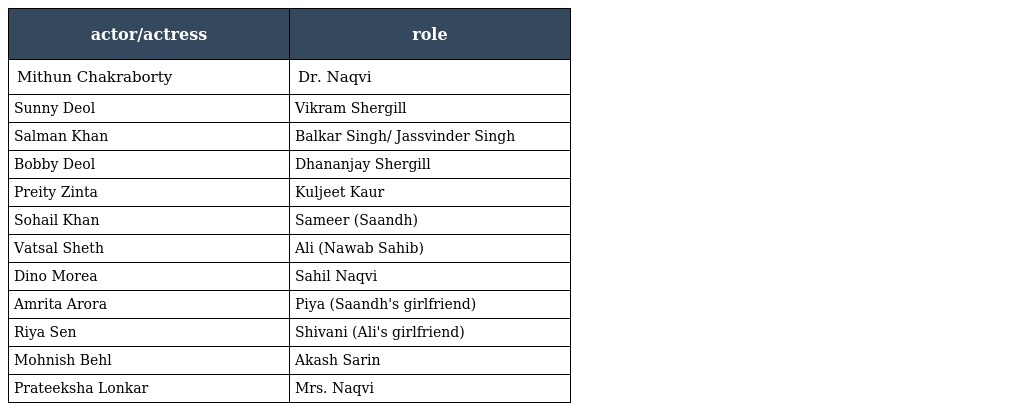
| actor/actress | role |
 | --- | --- |
 | Mithun Chakraborty | Dr. Naqvi |
 | Sunny Deol | Vikram Shergill |
 | Salman Khan | Balkar Singh/ Jassvinder Singh |
 | Bobby Deol | Dhananjay Shergill |
 | Preity Zinta | Kuljeet Kaur |
 | Sohail Khan | Sameer (Saandh) |
 | Vatsal Sheth | Ali (Nawab Sahib) |
 | Dino Morea | Sahil Naqvi |
 | Amrita Arora | Piya (Saandh's girlfriend) |
 | Riya Sen | Shivani (Ali's girlfriend) |
 | Mohnish Behl | Akash Sarin |
 | Prateeksha Lonkar | Mrs. Naqvi |